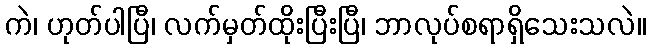
ကဲ၊ ဟုတ်ပါပြီ၊ လက်မှတ်ထိုးပြီးပြီ၊ ဘာလုပ်စရာရှိသေးသလဲ။